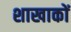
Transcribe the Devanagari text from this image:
शाखाकों